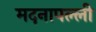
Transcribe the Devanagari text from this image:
मदनापल्ली